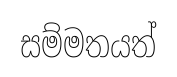
සම්මතයත්